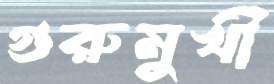
গুরুমুখী